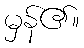
မှန်၏။